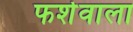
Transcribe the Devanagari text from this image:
फर्शवाला